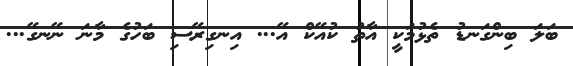
ބަލަ ބިންގަނޑު ތެޅުމަކީ އާތު ކުއޭކް އޭ... އިނގިރޭސި ބަހުގެ މާނަ ނޭނގޭ...